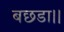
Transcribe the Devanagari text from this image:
बछडा।।